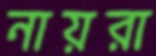
নায়রা